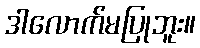
ဒါလောက်မပြုဘူး။